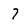
Character: 7